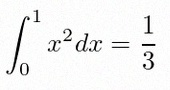
\int_0^1 x^2dx=\frac13